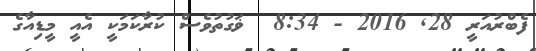
ފެބްރުއަރީ 28